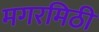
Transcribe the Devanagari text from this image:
मगरमिठी